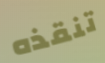
تنقذه